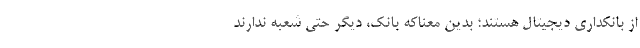
از بانکداری دیجیتال هستند؛ بدین معناکه بانک، دیگر حتی شعبه ندارند